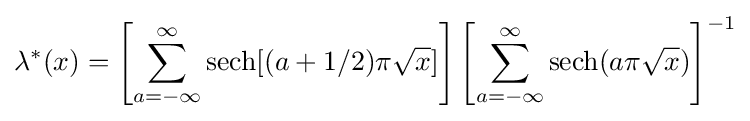
\lambda ^{*}(x)=\left[\sum _{a=-\infty }^{\infty }\operatorname {sech} [(a+1/2)\pi {\sqrt {x}}]\right]\left[\sum _{a=-\infty }^{\infty }\operatorname {sech} (a\pi {\sqrt {x}})\right]^{-1}